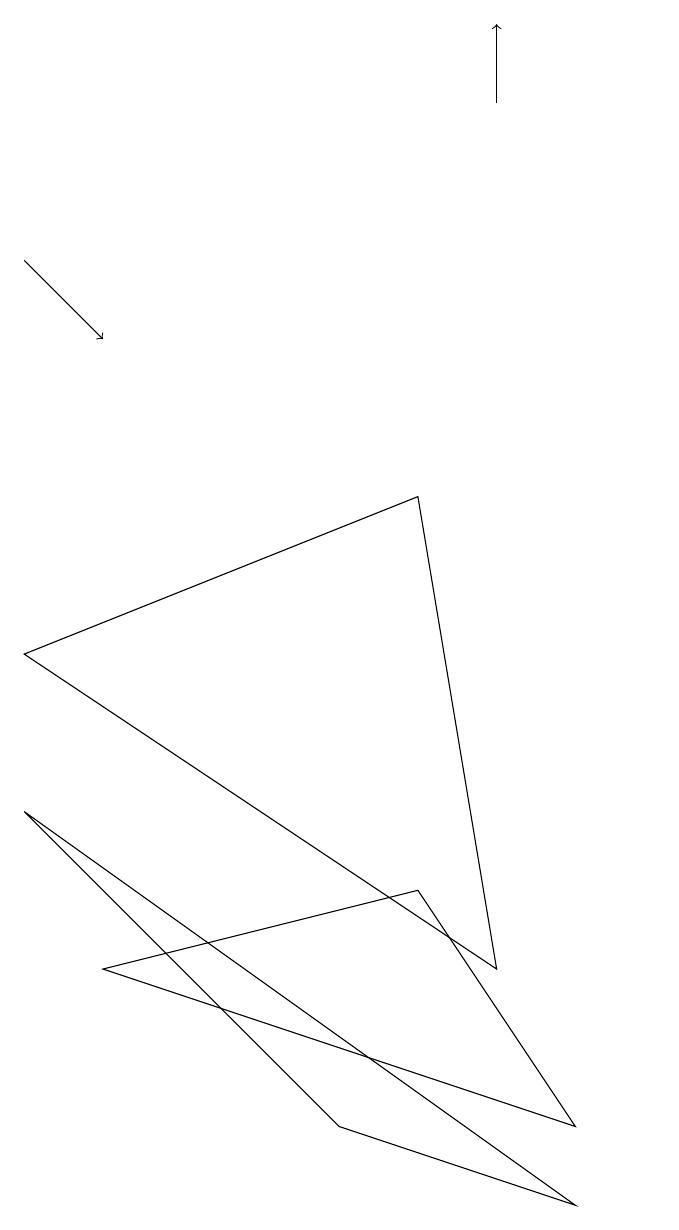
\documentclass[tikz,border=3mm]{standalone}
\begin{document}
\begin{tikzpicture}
\draw (2,7) -- (8,3) -- (7,9) -- cycle;
\draw[->] (2,12) -- (3,11);
\draw (10,10) circle (0);
\draw (9,0) -- (6,1) -- (2,5) -- cycle;
\draw (7,4) -- (9,1) -- (3,3) -- cycle;
\draw[->] (8,14) -- (8,15);
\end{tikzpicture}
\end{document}